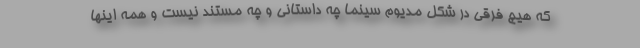
که هیچ فرقی در شکل مدیوم سینما چه داستانی و چه مستند نیست و همه اینها